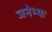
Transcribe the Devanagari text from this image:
जनेभ्यः